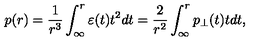
p ( r ) = \frac { 1 } { r ^ { 3 } } \int _ { \infty } ^ { r } { \varepsilon ( t ) t ^ { 2 } d t } = \frac { 2 } { r ^ { 2 } } \int _ { \infty } ^ { r } { p _ { \perp } ( t ) t d t } ,